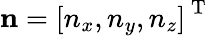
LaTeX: \mathbf{n}=\left[n_{x},n_{y},n_{z}\right]^{\mathrm{~T~}}